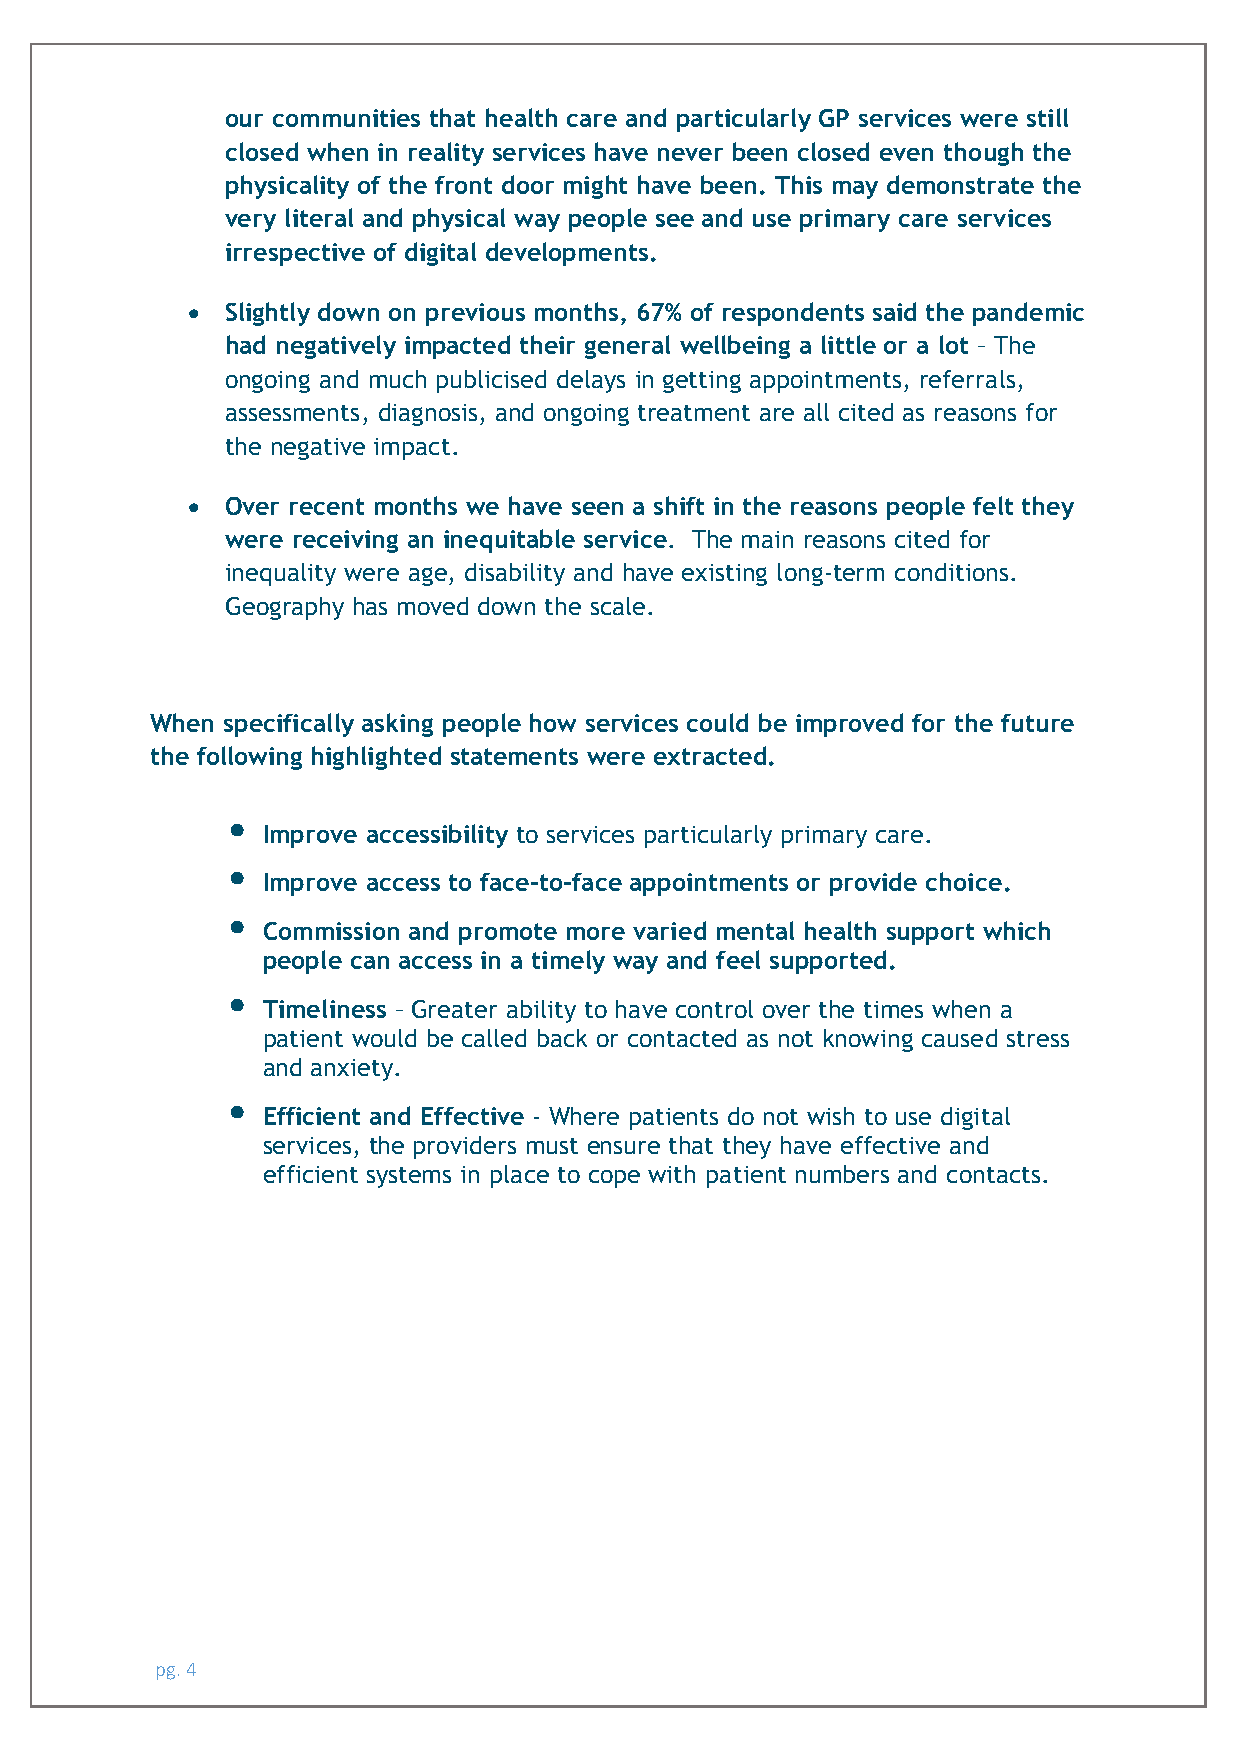
our communities that health care and particularly GP services were still
 closed when in reality services have never been closed even though the
 physicality of the front door might have been. This may demonstrate the
 very literal and physical way people see and use primary care services
 irrespective of digital developments.
 •  Slightly down on previous months, 67% of respondents said the pandemic
 had negatively impacted their general wellbeing a little or a lot – The
 ongoing and much publicised delays in getting appointments, referrals,
 assessments, diagnosis, and ongoing treatment are all cited as reasons for
 the negative impact.
 •  Over recent months we have seen a shift in the reasons people felt they
 were receiving an inequitable service. The main reasons cited for
 inequality were age, disability and have existing long-term conditions.
 Geography has moved down the scale.
 When specifically asking people how services could be improved for the future
 the following highlighted statements were extracted.
 •
 Improve accessibility to services particularly primary care.
 •
 Improve access to face-to-face appointments or provide choice.
 •
 Commission and promote more varied mental health support which
 people can access in a timely way and feel supported.
 •
 Timeliness – Greater ability to have control over the times when a
 patient would be called back or contacted as not knowing caused stress
 and anxiety.
 •
 Efficient and Effective - Where patients do not wish to use digital
 services, the providers must ensure that they have effective and
 efficient systems in place to cope with patient numbers and contacts.
 pg. 4